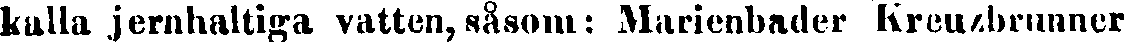
kalla jernhaltiga vatten, såsom: Marienbader Kreuzbrunner